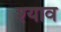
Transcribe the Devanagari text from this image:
श्याव